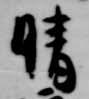
晴